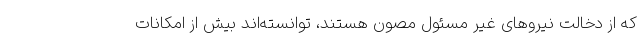
که از دخالت نیروهای غیر مسئول مصون هستند، توانسته‌اند بیش از امکانات